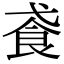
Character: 䬥